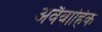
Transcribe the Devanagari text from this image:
अवैवाहिक